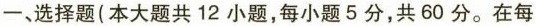
一、选择题(本大题共12小题，每小题5分，共60分。在每